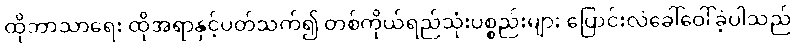
ထိုဘာသာရေး ထိုအရာနှင့်ပတ်သက်၍ တစ်ကိုယ်ရည်သုံးပစ္စည်းများ ပြောင်းလဲခေါ်ဝေါ်ခဲ့ပါသည်